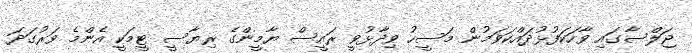
ޖަލްސާގައި ވާހަކަފުޅުދައްކަވަމުން މަސީހު ވިދާޅުވީ ރައީސް ޔާމީންގެ ރިޔާސީ ޓީމަކީ އެންމެ ވަރުގަދަ